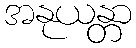
အနုယန္တာ